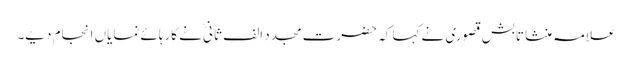
علامہ منشا تابش قصوری نے کہا کہ حضرت مجدد الف ثانیؒ نے کارہائے نمایاں انجام دیے۔